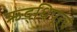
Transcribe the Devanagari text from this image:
ऋद्धिपूरचे